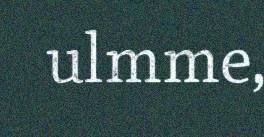
ulmme,